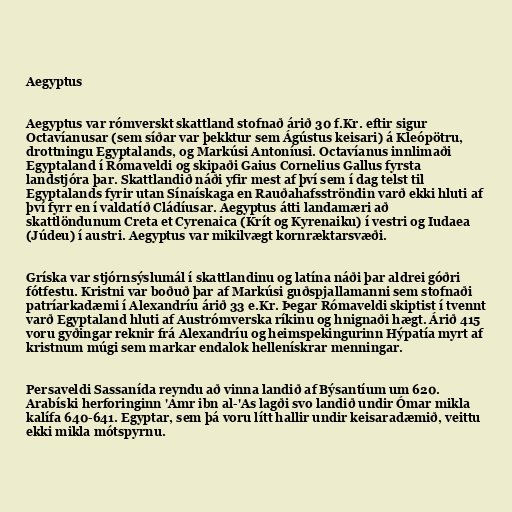
Aegyptus

Aegyptus var rómverskt skattland stofnað árið 30 f.Kr. eftir sigur
Octavíanusar (sem síðar var þekktur sem Ágústus keisari) á Kleópötru,
drottningu Egyptalands, og Markúsi Antoníusi. Octavíanus innlimaði
Egyptaland í Rómaveldi og skipaði Gaius Cornelius Gallus fyrsta
landstjóra þar. Skattlandið náði yfir mest af því sem í dag telst til
Egyptalands fyrir utan Sínaískaga en Rauðahafsströndin varð ekki hluti af
því fyrr en í valdatíð Cládíusar. Aegyptus átti landamæri að
skattlöndunum Creta et Cyrenaica (Krít og Kyrenaiku) í vestri og Iudaea
(Júdeu) í austri. Aegyptus var mikilvægt kornræktarsvæði.

Gríska var stjórnsýslumál í skattlandinu og latína náði þar aldrei góðri
fótfestu. Kristni var boðuð þar af Markúsi guðspjallamanni sem stofnaði
patríarkadæmi í Alexandríu árið 33 e.Kr. Þegar Rómaveldi skiptist í tvennt
varð Egyptaland hluti af Austrómverska ríkinu og hnignaði hægt. Árið 415
voru gyðingar reknir frá Alexandríu og heimspekingurinn Hýpatía myrt af
kristnum múgi sem markar endalok hellenískrar menningar.

Persaveldi Sassanída reyndu að vinna landið af Býsantíum um 620.
Arabíski herforinginn 'Amr ibn al-'As lagði svo landið undir Ómar mikla
kalífa 640-641. Egyptar, sem þá voru lítt hallir undir keisaradæmið, veittu
ekki mikla mótspyrnu.